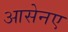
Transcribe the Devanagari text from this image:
आसेनए